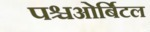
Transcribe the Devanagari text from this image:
पश्चओर्बिटल